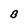
Character: B